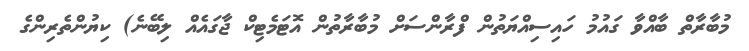
މުބާރާތް ބާއްވާ ގައުމު ހައިސިއްޔަތުން ފްރާންސަށް މުބާރާތުން އޮޓަމެޓިކް ޖާގައެއް ލިބޭނެ) ކިޔުންތެރިންގެ